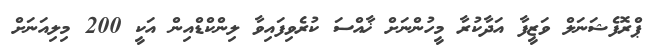
ޕްރޮފެޝަނަލް ވަޒީފާ އަދާކުރާ މީހުންނަށް ޚާއްސަ ކުރެވިފައިވާ ލިންކްޑްއިން އަކީ 200 މިލިއަނަށް